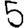
Digit: 5